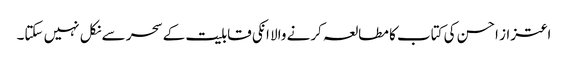
اعتزاز احسن کی کتاب کا مطالعہ کرنے والا انکی قابلیت کے سحر سے نکل نہیں سکتا۔